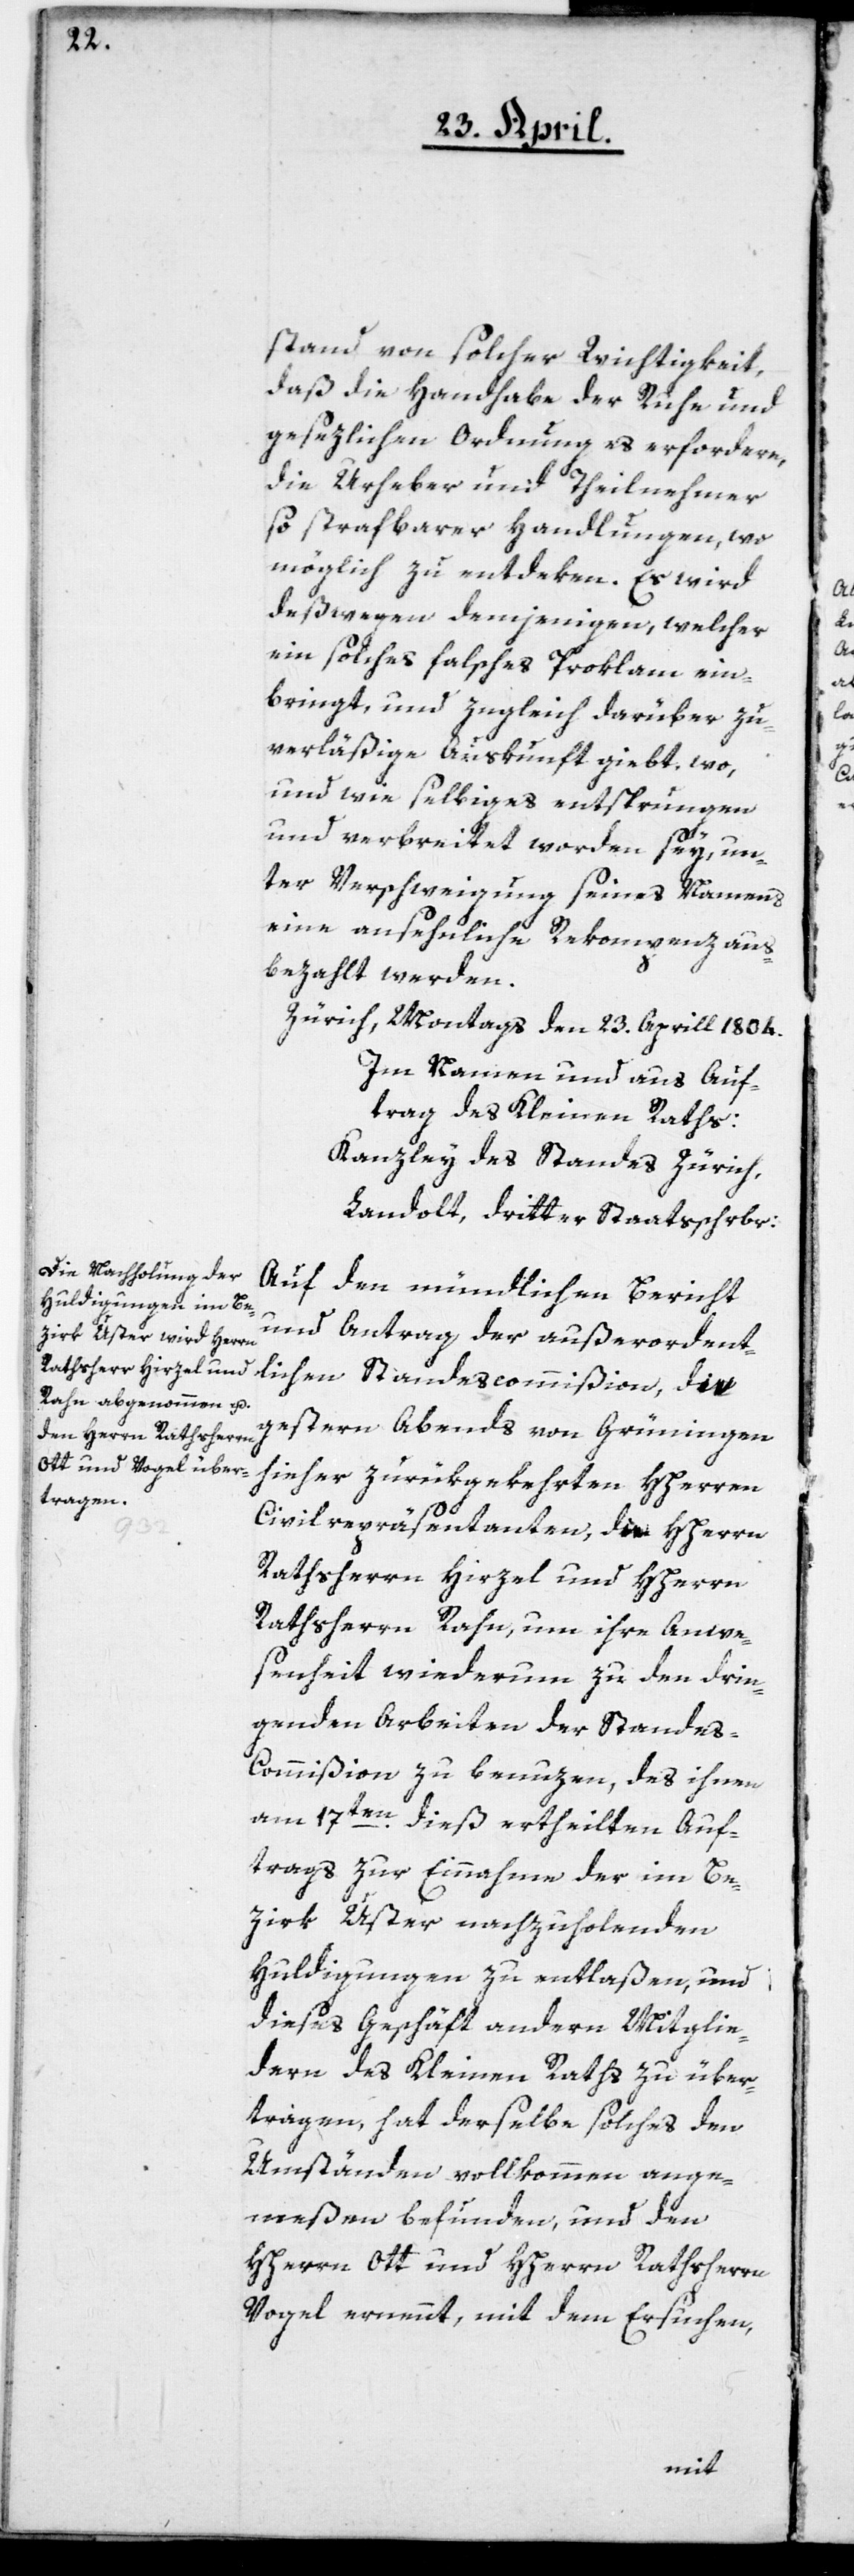
stand von solcher Wichtigkeit,
daß die Handhabe der Ruhe und
gesezlichen Ordnung es erfordere,
die Urheber und Theilnehmer
so strafbarer Handlungen, wo
möglich zu entdeken. Es wird
deßwegen demjenigen, welcher
ein solches falsches Proklam ein¬
bringt, und zugleich darüber zu¬
verläßige Auskunft giebt, wo,
und wie selbiges entsprungen
und verbreitet worden sey, un¬
ter Verschweigung seines Namens
eine ansehnliche Rekompenz aus¬
bezahlt werden.
Zürich, Montags den 23. Aprill 1804.
Im Namen und aus Auf¬
trag des Kleinen Raths:
Kanzley des Standes Zürich,
Landolt, dritter Staatsschrbr:
Auf den mündlichen Bericht
und Antrag der außerordent¬
lichen Standescommißion, die
gestern Abends von Grüningen
hieher zurükgekehrten HHerren
Civilrepräsentanten, die HHerrn
Rathsherrn Hirzel und HHerrn
Rathsherrn Rahn, um ihre Anwe¬
senheit wiederum zu den drin¬
genden Arbeiten der Stande¬
s-Commißion zu benuzen, des ihnen
am 17ten dieß ertheilten Auf¬
trags zur Einnahme der im Be¬
zirk Uster nachzuholenden
Huldigungen zu entlaßen, und
dieses Geschäft andern Mitglie¬
dern des Kleinen Raths zu über¬
tragen, hat derselbe solches den
Umständen vollkommen ange¬
meßen befunden, und den
HHerrn Ott und HHerrn Rathsherrn
Vogel ernennt, mit dem Ersuchen,